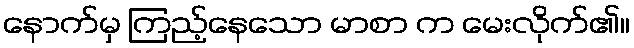
နောက်မှ ကြည့်နေသော မာစာ က မေးလိုက်၏။